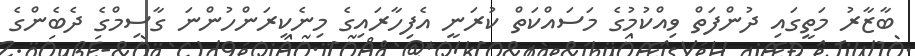
ބާޒާރު މަތީގައި ދުންފަތް ވިއްކުމުގެ މަސައްކަތް ކުރަނީ އެފިހާރައިގެ މިނެކިރަންހުންނަ ގާސިމްގެ ދެބެންގެ